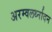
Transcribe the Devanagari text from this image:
अरम्वलर्थ्नादन